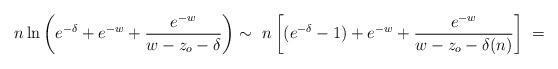
LaTeX: \begin{align*}n\ln\left(e^{-\delta}+e^{-w}+\frac{e^{-w}}{w-z_o-\delta}\right)\sim\ n\left[(e^{-\delta}-1)+e^{-w}+\frac{e^{-w}}{w-z_o-\delta(n)}\right]\ =\end{align*}